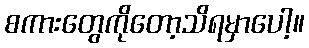
စကားတွေကိုတော့သိရမှာပေါ့။